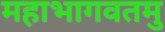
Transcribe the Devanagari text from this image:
महाभागवतमु